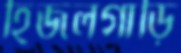
হিজলগাড়ি